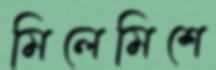
মিলেমিশে